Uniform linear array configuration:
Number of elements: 16
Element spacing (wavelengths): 0.75
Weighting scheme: hamming
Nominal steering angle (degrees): -15
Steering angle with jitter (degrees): -16.209
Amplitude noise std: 0.05
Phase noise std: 0.05

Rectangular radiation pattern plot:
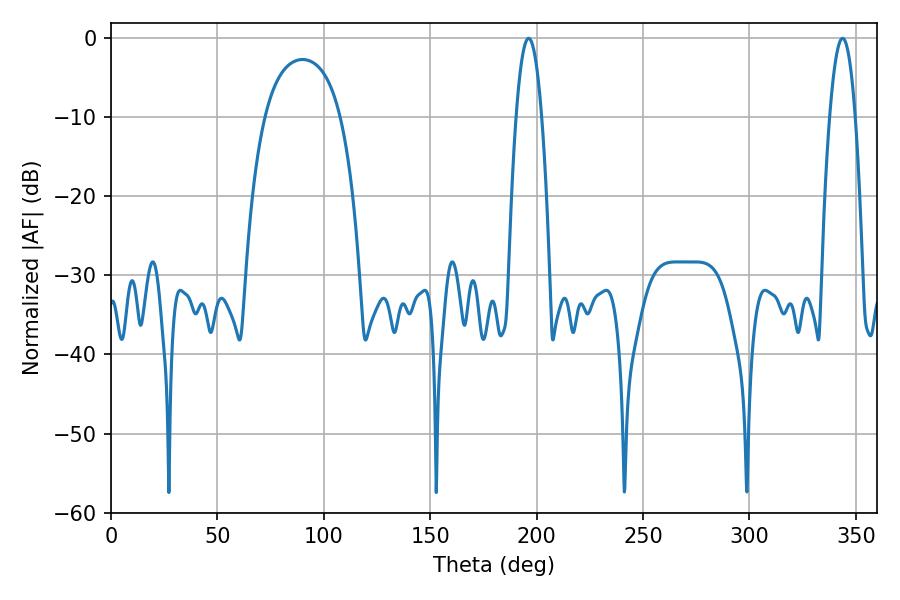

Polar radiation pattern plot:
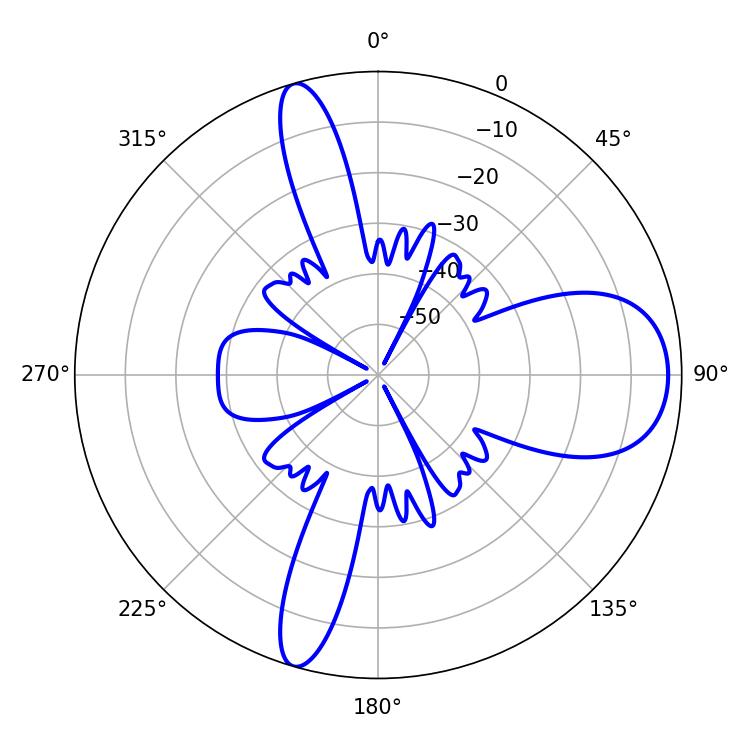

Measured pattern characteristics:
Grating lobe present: TRUE
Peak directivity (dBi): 10.899
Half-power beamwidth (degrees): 6.66
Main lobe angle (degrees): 196.2